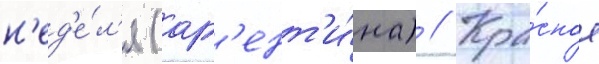
н'ед'е́л'я (арг'ент'и́на) // Кра́сное